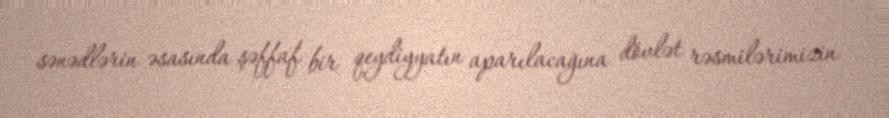
sənədlərin əsasında şəffaf bir qeydiyyatın aparılacağına dövlət rəsmilərimizin